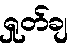
ရှုတ်ချ